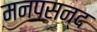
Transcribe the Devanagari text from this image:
मनपसन्द